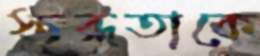
স্তব্ধতাকে